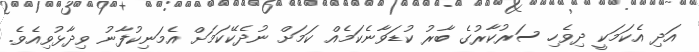
އަދި އެކަމަކީ ދިވެހި ސަރުކާރުގެ ބާރު ކުޑަވާނެކަމެއް ކަމަށް ނުދެކޭކަމަށް އެމަނިކުފާނު ވިދާޅުވިއެވެ.